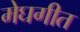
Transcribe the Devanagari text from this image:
मेघगीत